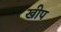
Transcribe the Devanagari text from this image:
खीप